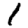
Digit: 1